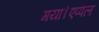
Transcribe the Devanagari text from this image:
गया।एप्पल